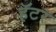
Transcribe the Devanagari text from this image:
हॅटर